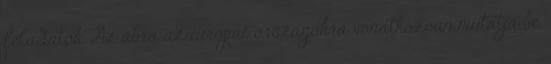
feladatok. Az ábra az európai országokra vonatkozóan mutatja be,